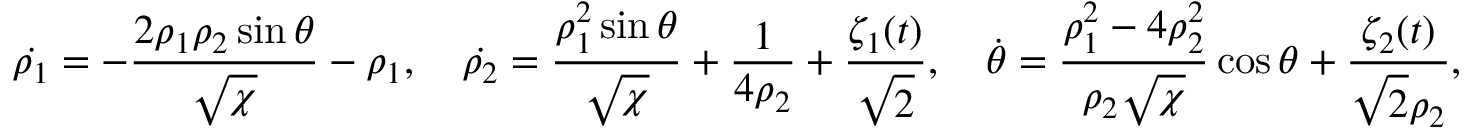
\dot { \rho _ { 1 } } = - \frac { 2 \rho _ { 1 } \rho _ { 2 } \sin \theta } { \sqrt { \chi } } - \rho _ { 1 } , \quad \dot { \rho _ { 2 } } = \frac { \rho _ { 1 } ^ { 2 } \sin \theta } { \sqrt { \chi } } + \frac { 1 } { 4 \rho _ { 2 } } + \frac { \zeta _ { 1 } ( t ) } { \sqrt { 2 } } , \quad \dot { \theta } = \frac { \rho _ { 1 } ^ { 2 } - 4 \rho _ { 2 } ^ { 2 } } { \rho _ { 2 } \sqrt { \chi } } \cos \theta + \frac { \zeta _ { 2 } ( t ) } { \sqrt { 2 } \rho _ { 2 } } ,